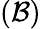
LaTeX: (\mathcal{B})